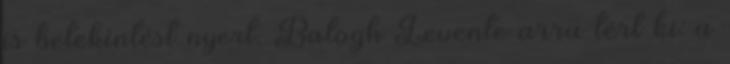
is betekintést nyert. Balogh Levente arra tért ki: a